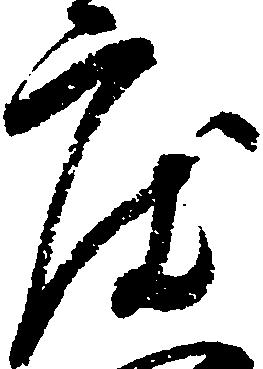
度